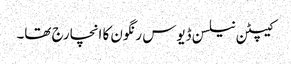
کیپٹن نیلسن ڈیوس رنگون کا انچارج تھا۔